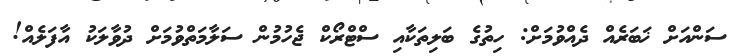
ސަންއަށް ޚަބަރެއް ދެއްވުމަށް: ހިތުގެ ބަލިތަކާއި ސްޓްރޯކް ޖެހުމުން ސަލާމަތްވުމަށް ދުވާލަކު އާފަލެއް!